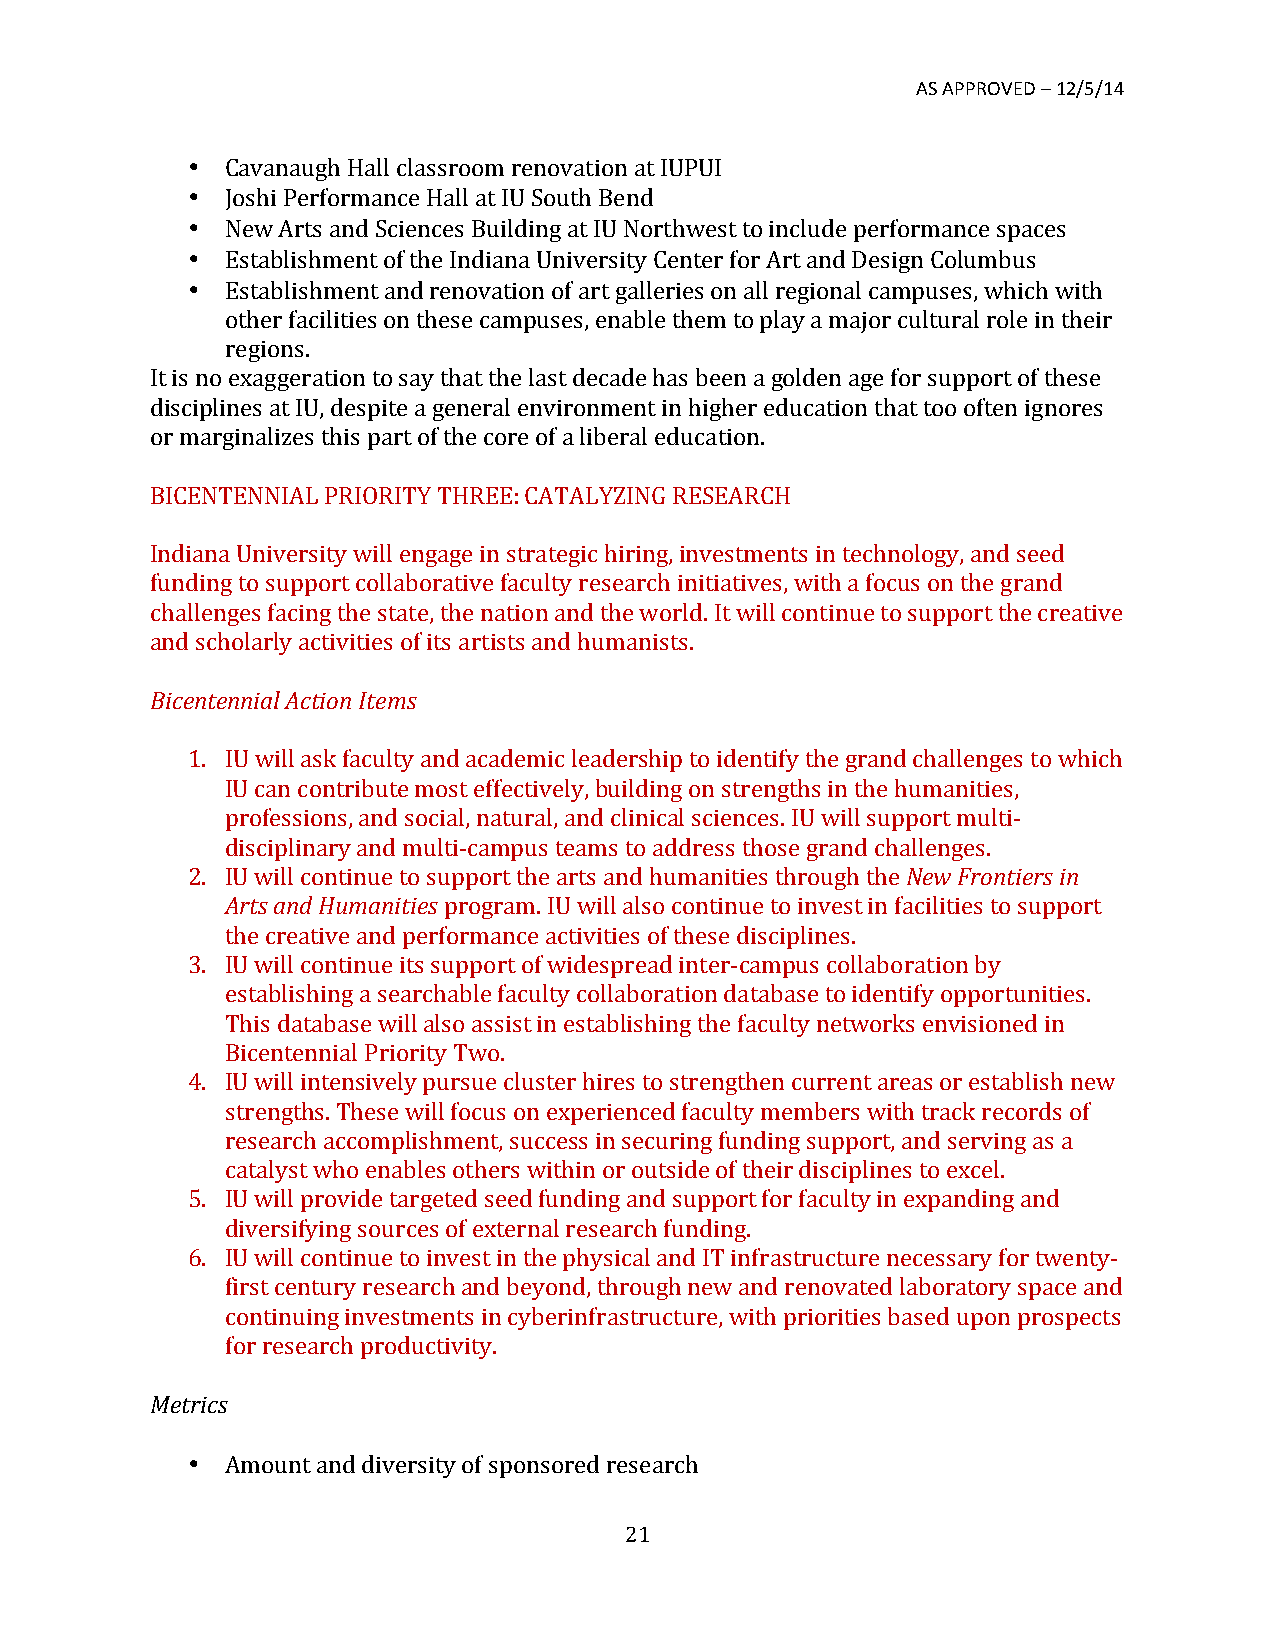
AS APPROVED – 12/5/14
 •  Cavanaugh Hall classroom renovation at IUPUI
 •  Joshi Performance Hall at IU South Bend
 •  New Arts and Sciences Building at IU Northwest to include performance spaces
 •  Establishment of the Indiana University Center for Art and Design Columbus
 •  Establishment and renovation of art galleries on all regional campuses, which with
 other facilities on these campuses, enable them to play a major cultural role in their
 regions.
 It is no exaggeration to say that the last decade has been a golden age for support of these
 disciplines at IU, despite a general environment in higher education that too often ignores
 or marginalizes this part of the core of a liberal education.
 BICENTENNIAL PRIORITY THREE: CATALYZING RESEARCH
 Indiana University will engage in strategic hiring, investments in technology, and seed
 funding to support collaborative faculty research initiatives, with a focus on the grand
 challenges facing the state, the nation and the world. It will continue to support the creative
 and scholarly activities of its artists and humanists.
 Bicentennial Action Items
 1. IU will ask faculty and academic leadership to identify the grand challenges to which
 IU can contribute most effectively, building on strengths in the humanities,
 professions, and social, natural, and clinical sciences. IU will support multi-­‐
 disciplinary and multi-­‐campus teams to address those grand challenges.
 2. IU will continue to support the arts and humanities through the New Frontiers in
 Arts and Humanities program. IU will also continue to invest in facilities to support
 the creative and performance activities of these disciplines.
 3. IU will continue its support of widespread inter-­‐campus collaboration by
 establishing a searchable faculty collaboration database to identify opportunities.
 This database will also assist in establishing the faculty networks envisioned in
 Bicentennial Priority Two.
 4. IU will intensively pursue cluster hires to strengthen current areas or establish new
 strengths. These will focus on experienced faculty members with track records of
 research accomplishment, success in securing funding support, and serving as a
 catalyst who enables others within or outside of their disciplines to excel.
 5. IU will provide targeted seed funding and support for faculty in expanding and
 diversifying sources of external research funding.
 6. IU will continue to invest in the physical and IT infrastructure necessary for twenty-­‐
 first century research and beyond, through new and renovated laboratory space and
 continuing investments in cyberinfrastructure, with priorities based upon prospects
 for research productivity.
 Metrics
 •  Amount and diversity of sponsored research
 21